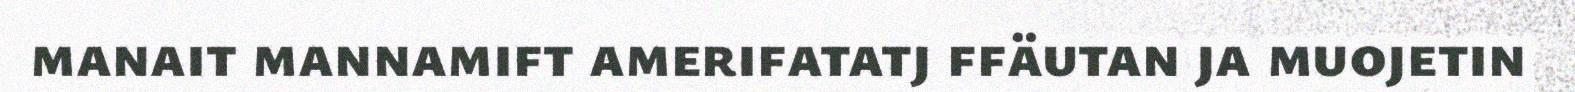
manait mannamift amerifatatj ffäutan ja muojetin